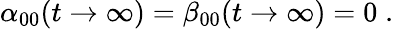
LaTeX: \alpha_{00}(t\to\infty)=\beta_{00}(t\to\infty)=0\; .